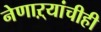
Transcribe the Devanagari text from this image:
नेणाऱ्यांचीही